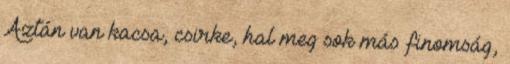
Aztán van kacsa, csirke, hal meg sok más finomság,